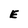
Character: E